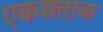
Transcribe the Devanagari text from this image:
एकसत्ताक